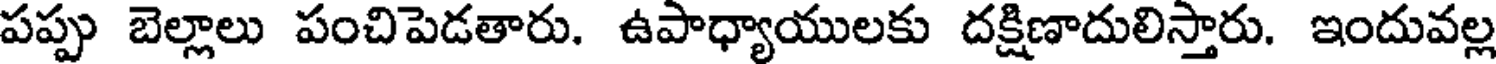
పప్పు బెల్లాలు పంచిపెడతారు. ఉపాధ్యాయులకు దక్షిణాదులిస్తారు. ఇందువల్ల